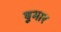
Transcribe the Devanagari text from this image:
षुमार